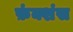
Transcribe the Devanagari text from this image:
फ़ंक्शंस